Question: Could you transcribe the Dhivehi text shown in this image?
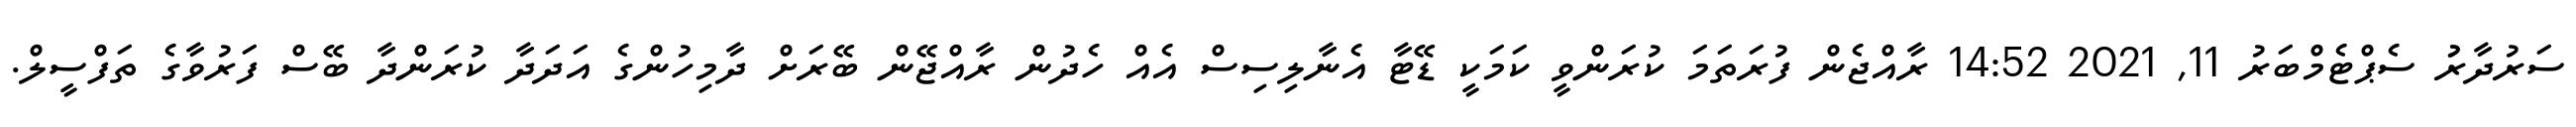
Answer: ސަރުދާރުު ސެޕްޓެމްބަރު 11, 2021 14:52 ރާއްޖެން ފުރަތަމަ ކުރަންވީ ކަމަކީ ޑޭޓާ އެނާލިސިސް އެއް ހެދުން ރާއްޖޭން ބޭރަށް ދާމިހުންގެ އަދަދާ ކުރަންދާ ބޭސް ފަރުވާގެ ތަފްސީލް.